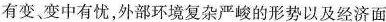
有变、变中有忧，外部环境复杂严峻的形势以及经济面